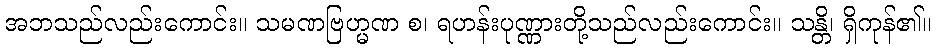
အဘသည်လည်းကောင်း။ သမဏဗြဟ္မဏ စ၊ ရဟန်းပုဏ္ဏားတို့သည်လည်းကောင်း။ သန္တိ၊ ရှိကုန်၏။